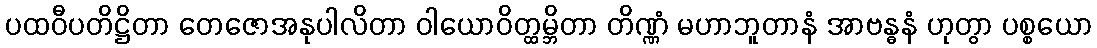
ပထဝီပတိဋ္ဌိတာ တေဇောအနုပါလိတာ ဝါယောဝိတ္ထမ္ဘိတာ တိဏ္ဏံ မဟာဘူတာနံ အာဗန္ဓနံ ဟုတွာ ပစ္စယော